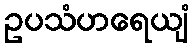
ဥပသံဟရေယျံ